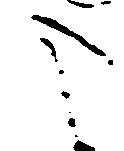
こ